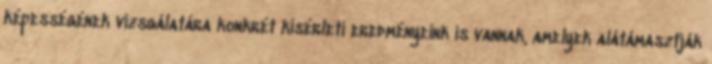
képességének vizsgálatára konkrét kísérleti eredményeink is vannak, amelyek alátámasztják